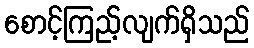
စောင့်ကြည့်လျက်ရှိသည်